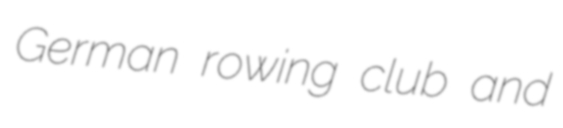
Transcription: German rowing club and